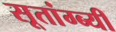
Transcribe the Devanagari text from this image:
सूतांग्ब्यी